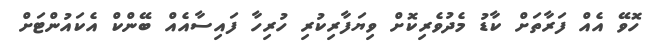
ހޮވޭ އެއް ފަރާތަށް ކާޑު މެދުވެރިކޮށް ވިޔަފާރިކުރި ހުރިހާ ފައިސާއެއް ބޭންކް އެކައުންޓަށް